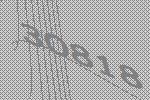
30818